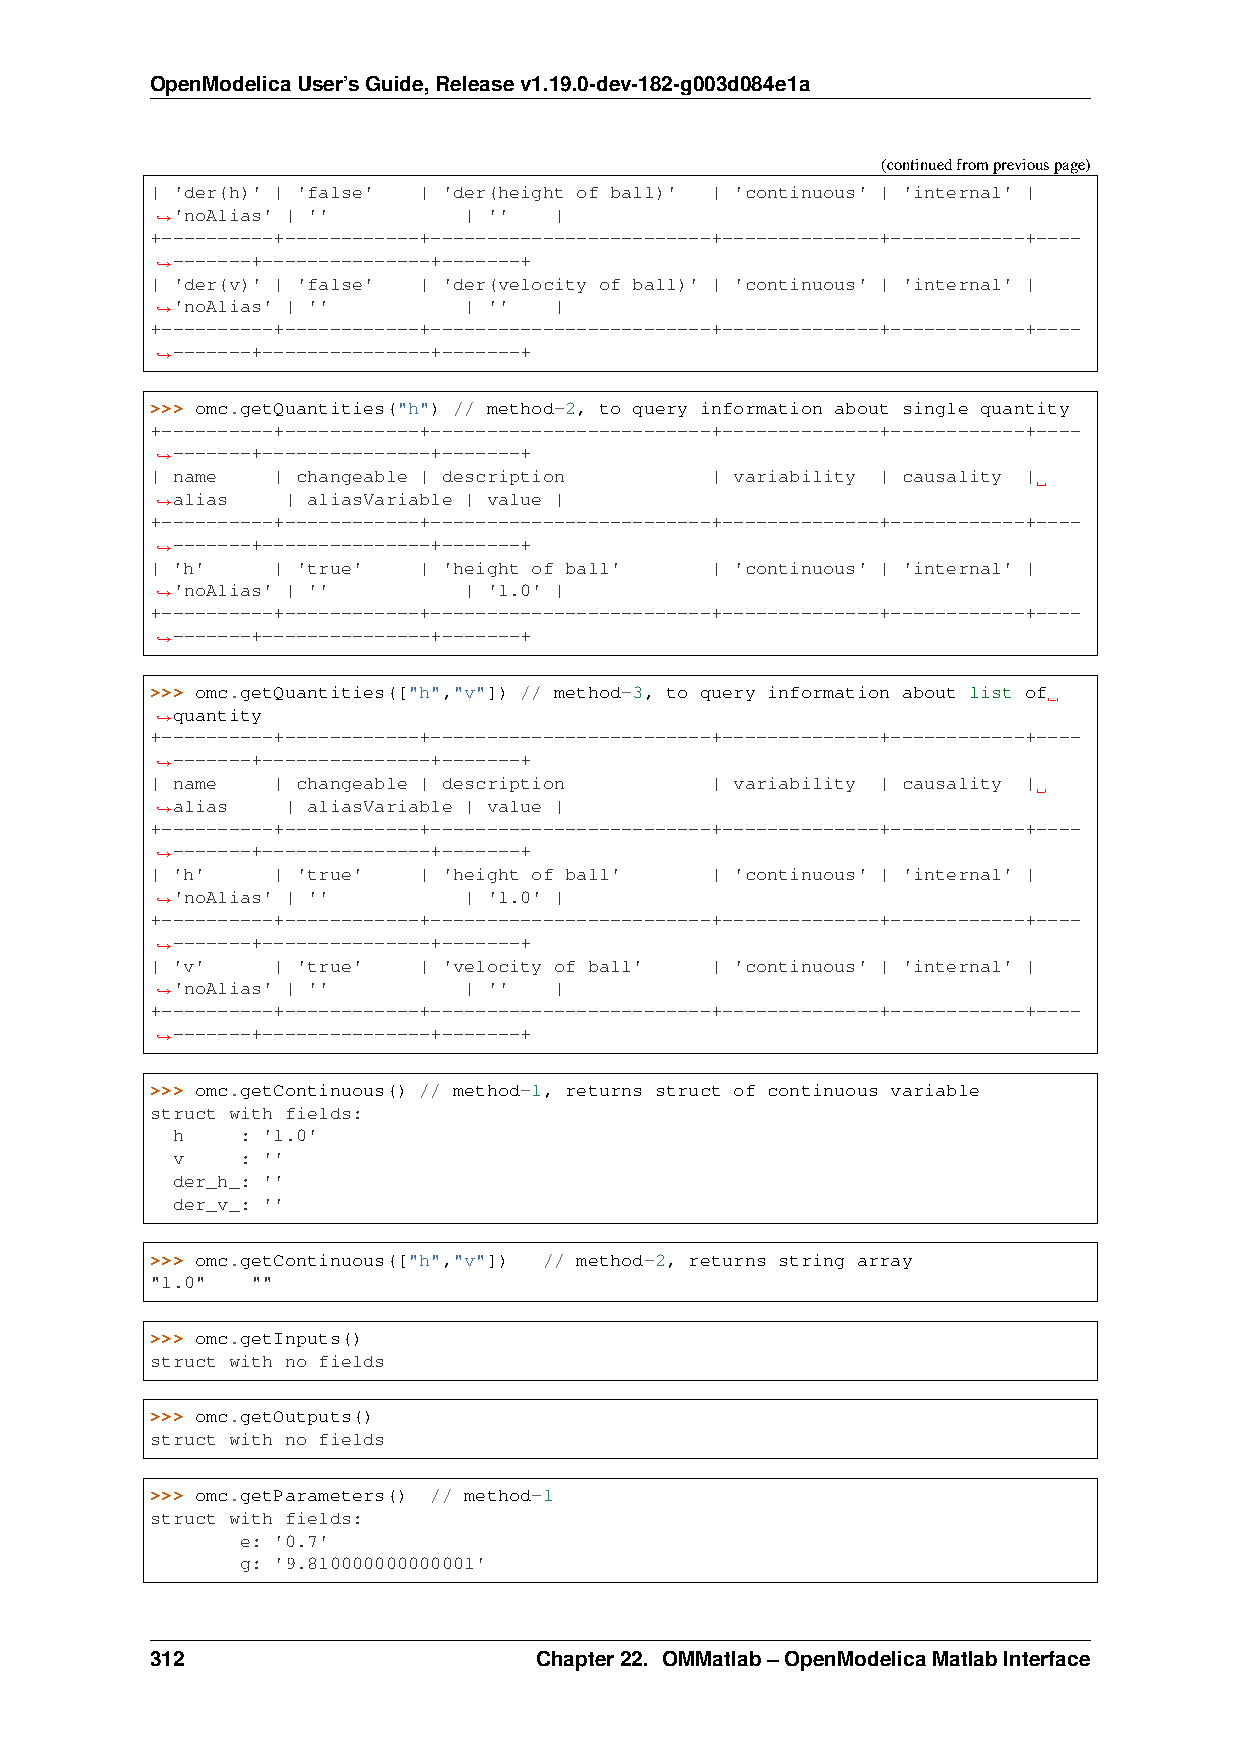
OpenModelicaUser’sGuide,Releasev1.19.0-dev-182-g003d084e1a
 (continuedfrompreviouspage)
 | 'der(h)' | 'false' | 'der(height of ball)' | 'continuous' | 'internal' |
 'noAlias' | ''      | ''  |
 ˓→
 +----------+------------+-------------------------+--------------+------------+----
 -------+---------------+-------+
 ˓→
 | 'der(v)' | 'false' | 'der(velocity of ball)' | 'continuous' | 'internal' |
 'noAlias' | ''      | ''  |
 ˓→
 +----------+------------+-------------------------+--------------+------------+----
 -------+---------------+-------+
 ˓→
 >>> omc.getQuantities("h") // method-2, to query information about single quantity
 +----------+------------+-------------------------+--------------+------------+----
 -------+---------------+-------+
 ˓→
 | name  | changeable | description   | variability | causality |
 alias   | aliasVariable | value |
 ˓→
 +----------+------------+-------------------------+--------------+------------+----
 -------+---------------+-------+
 ˓→
 | 'h'   | 'true'  | 'height of ball' | 'continuous' | 'internal' |
 'noAlias' | ''      | '1.0' |
 ˓→
 +----------+------------+-------------------------+--------------+------------+----
 -------+---------------+-------+
 ˓→
 >>> omc.getQuantities(["h","v"]) // method-3, to query information about list of
 quantity
 ˓→
 +----------+------------+-------------------------+--------------+------------+----
 -------+---------------+-------+
 ˓→
 | name  | changeable | description   | variability | causality |
 alias   | aliasVariable | value |
 ˓→
 +----------+------------+-------------------------+--------------+------------+----
 -------+---------------+-------+
 ˓→
 | 'h'   | 'true'  | 'height of ball' | 'continuous' | 'internal' |
 'noAlias' | ''      | '1.0' |
 ˓→
 +----------+------------+-------------------------+--------------+------------+----
 -------+---------------+-------+
 ˓→
 | 'v'   | 'true'  | 'velocity of ball' | 'continuous' | 'internal' |
 'noAlias' | ''      | ''  |
 ˓→
 +----------+------------+-------------------------+--------------+------------+----
 -------+---------------+-------+
 ˓→
 >>> omc.getContinuous() // method-1, returns struct of continuous variable
 struct with fields:
 h    : '1.0'
 v    : ''
 der_h_: ''
 der_v_: ''
 >>> omc.getContinuous(["h","v"]) // method-2, returns string array
 "1.0"  ""
 >>> omc.getInputs()
 struct with no fields
 >>> omc.getOutputs()
 struct with no fields
 >>> omc.getParameters() // method-1
 struct with fields:
 e: '0.7'
 g: '9.810000000000001'
 312                       Chapter22. OMMatlab–OpenModelicaMatlabInterface